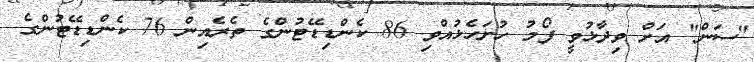
"ސަން" އަށް ވިދާޅުވީ ފޯމު ހުށަހެޅުއްވި 86 ކެންޑިޑޭޓުންގެ ތެރެއިން 76 ކެންޑިޑޭޓުންގެ